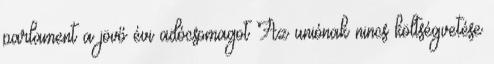
parlament a jövő évi adócsomagot Az uniónak nincs költségvetése